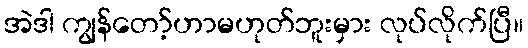
အဲဒါ ကျွန်တော့်ဟာမဟုတ်ဘူးမှား လုပ်လိုက်ပြီ။